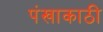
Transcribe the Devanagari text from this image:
पंखाकाठी